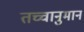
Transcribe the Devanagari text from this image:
तच्चानुमानं